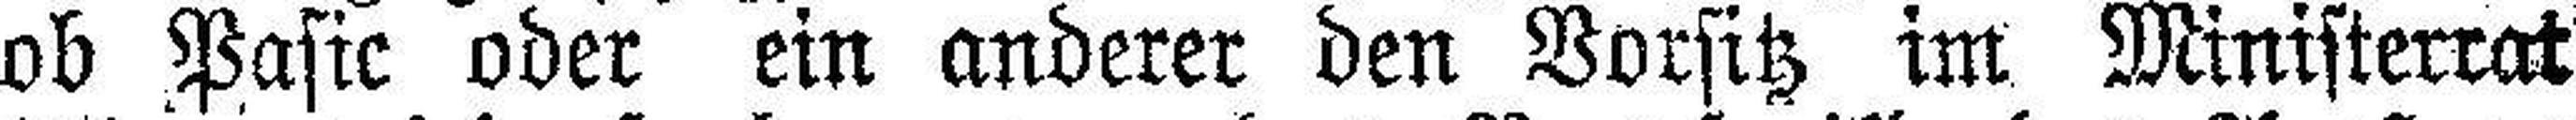
ob Pasic oder ein anderer den Vorsitz im Ministerrat